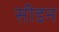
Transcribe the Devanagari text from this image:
सीडन